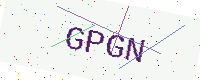
Text: GPGN